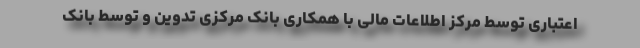
اعتباری توسط مرکز اطلاعات مالی با همکاری بانک مرکزی تدوین و توسط بانک